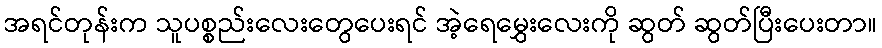
အရင်တုန်းက သူပစ္စည်းလေးတွေပေးရင် အဲ့ရေမွှေးလေးကို ဆွတ် ဆွတ်ပြီးပေးတာ။